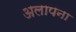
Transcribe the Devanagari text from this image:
अलापना